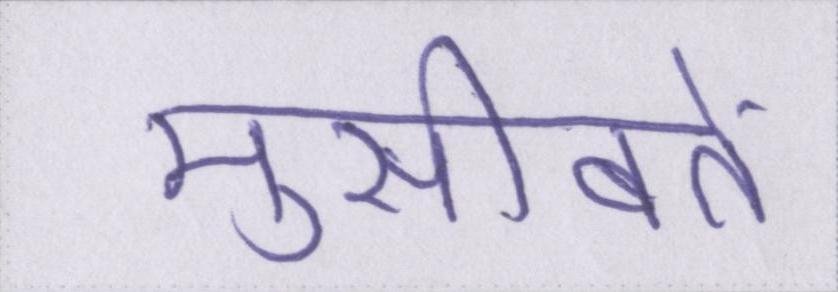
मुसीबतें